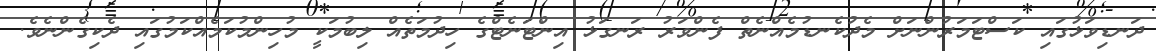
ދަނޑިވަޅުގައި ކަސްޓަމަރުންނަށް މެދުކެނޑުމެއްނެތް ފެންވަރު ރަނގަޅު އިންޓަނެޓްގެ ހިދުމަތެއް ލިބުމަކީ މުހިންމުކަމެއްކަމުގައި ދެކިގެންނެވެ.